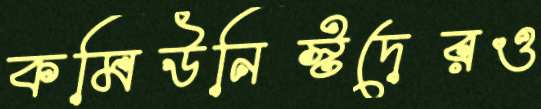
কমিউনিস্টদেরও